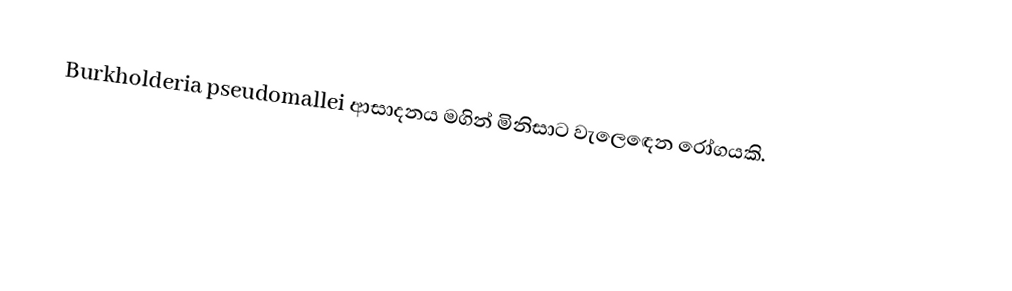
Burkholderia pseudomallei ආසාදනය මගින් මිනිසාට වැල‍ෙඳෙන රෝගයකි.